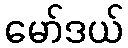
မော်ဒယ်